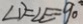
\angle D = \angle E = 9 0 ^ { \circ }